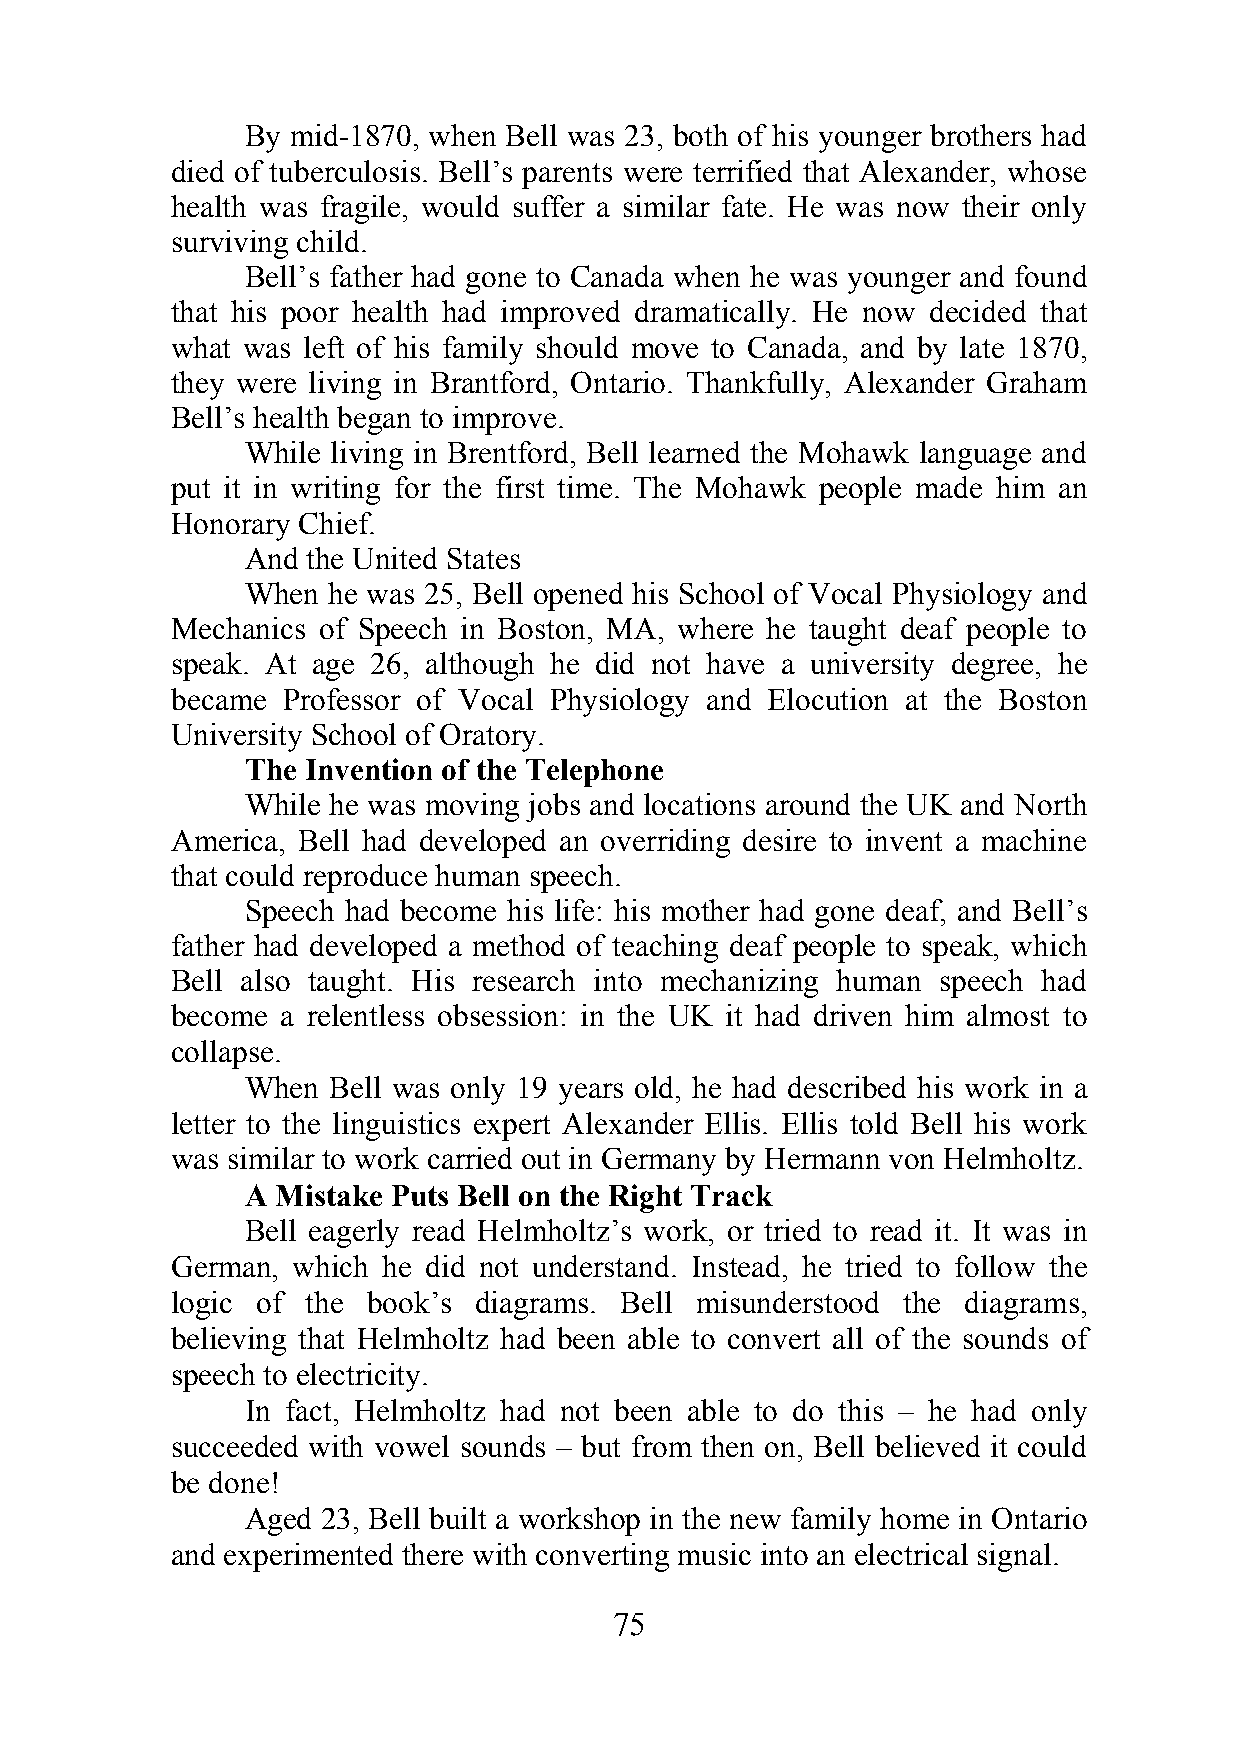
By mid-1870, when Bell was 23, both of his younger brothers had
 died of tuberculosis. Bell’s parents were terrified that Alexander, whose
 health was fragile, would suffer a similar fate. He was now their only
 surviving child.
 Bell’s father had gone to Canada when he was younger and found
 that his poor health had improved dramatically. He now decided that
 what was left of his family should move to Canada, and by late 1870,
 they were living in Brantford, Ontario. Thankfully, Alexander Graham
 Bell’s health began to improve.
 While living in Brentford, Bell learned the Mohawk language and
 put it in writing for the first time. The Mohawk people made him an
 Honorary Chief.
 And the United States
 When  he was 25, Bell opened his School of Vocal Physiology and
 Mechanics of Speech in Boston, MA, where he taught deaf people to
 speak. At age 26, although he did not have a university degree, he
 became  Professor of Vocal Physiology and Elocution at the Boston
 University School of Oratory.
 The Invention of the Telephone
 While he was moving jobs and locations around the UK and North
 America, Bell had developed an overriding desire to invent a machine
 that could reproduce human speech.
 Speech had become his life: his mother had gone deaf, and Bell’s
 father had developed a method of teaching deaf people to speak, which
 Bell also taught. His research into mechanizing human speech had
 become  a relentless obsession: in the UK it had driven him almost to
 collapse.
 When  Bell was only 19 years old, he had described his work in a
 letter to the linguistics expert Alexander Ellis. Ellis told Bell his work
 was similar to work carried out in Germany by Hermann von Helmholtz.
 A Mistake Puts Bell on the Right Track
 Bell eagerly read Helmholtz’s work, or tried to read it. It was in
 German, which he did not understand. Instead, he tried to follow the
 logic of the book’s diagrams. Bell misunderstood the diagrams,
 believing that Helmholtz had been able to convert all of the sounds of
 speech to electricity.
 In fact, Helmholtz had not been able to do this – he had only
 succeeded with vowel sounds – but from then on, Bell believed it could
 be done!
 Aged 23, Bell built a workshop in the new family home in Ontario
 and experimented there with converting music into an electrical signal.
 75